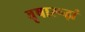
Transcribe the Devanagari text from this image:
वृषारूढ़ां